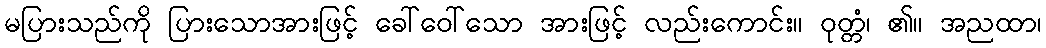
မပြားသည်ကို ပြားသောအားဖြင့် ခေါ်ဝေါ်သော အားဖြင့် လည်းကောင်း။ ဝုတ္တံ၊ ၏။ အညထာ၊